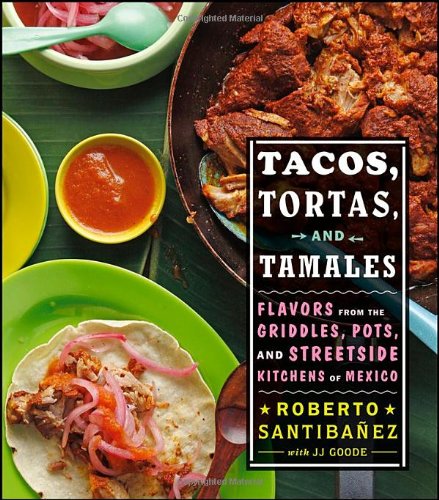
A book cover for Tacos, Tortas, and Tamales: Flavors from the Griddles, Pots, and Streetside Kitchens of Mexico; Roberto Santibanez; Cookbooks, Food & Wine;